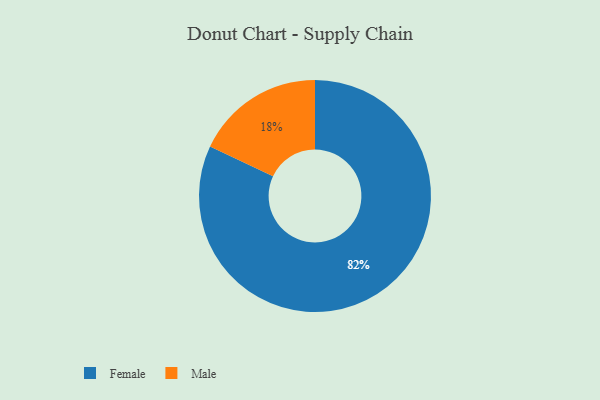
{"axis": {"x": "Category", "y": "Percentage"}, "legend": ["Female", "Male"], "data": [{"x": "Male", "y": 18, "type": "Male"}, {"x": "Female", "y": 82, "type": "Female"}]}